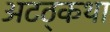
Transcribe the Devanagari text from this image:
अटठ्कथा